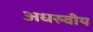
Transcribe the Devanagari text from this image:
अधरुवीय